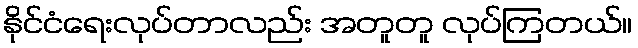
နိုင်ငံရေးလုပ်တာလည်း အတူတူ လုပ်ကြတယ်။